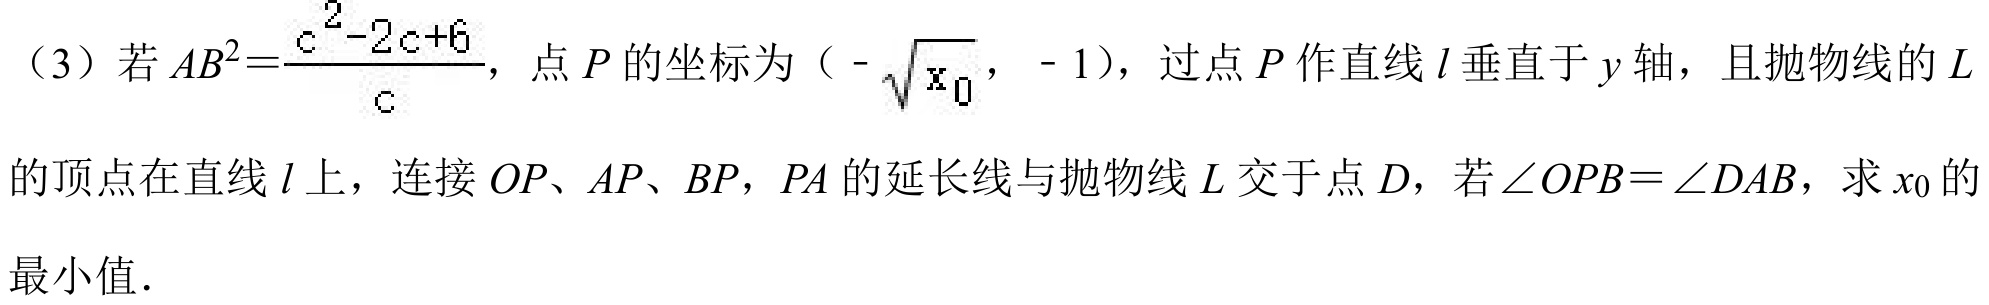
（3）若\(AB^{2}=\frac{c^{2}-2c + 6}{c}\)，点\(P\)的坐标为（\(-\sqrt{x_{0}}\)， - 1），过点\(P\)作直线\(l\)垂直于\(y\)轴，且抛物线的\(L\)
的顶点在直线\(l\)上，连接\(OP、AP、BP\)，\(PA\)的延长线与抛物线\(L\)交于点\(D\)，若\(\angle OPB=\angle DAB\)，求\(x_{0}\)的
最小值.